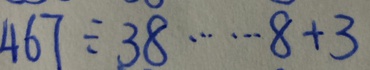
4 6 7 \div 3 8 \cdots 8 + 3